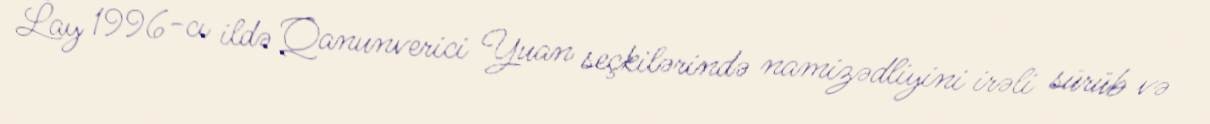
Lay 1996-cı ildə Qanunverici Yuan seçkilərində namizədliyini irəli sürüb və